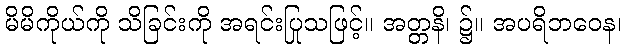
မိမိကိုယ်ကို သိခြင်းကို အရင်းပြုသဖြင့်။ အတ္တနိ၊ ၌။ အပရိဘဝေန၊